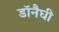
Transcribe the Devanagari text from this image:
डॉनैघी